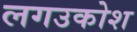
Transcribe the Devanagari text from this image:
लगउकोश